Vaccination in the Punjab 1905-1918 - 1905-1918
Year: 1905
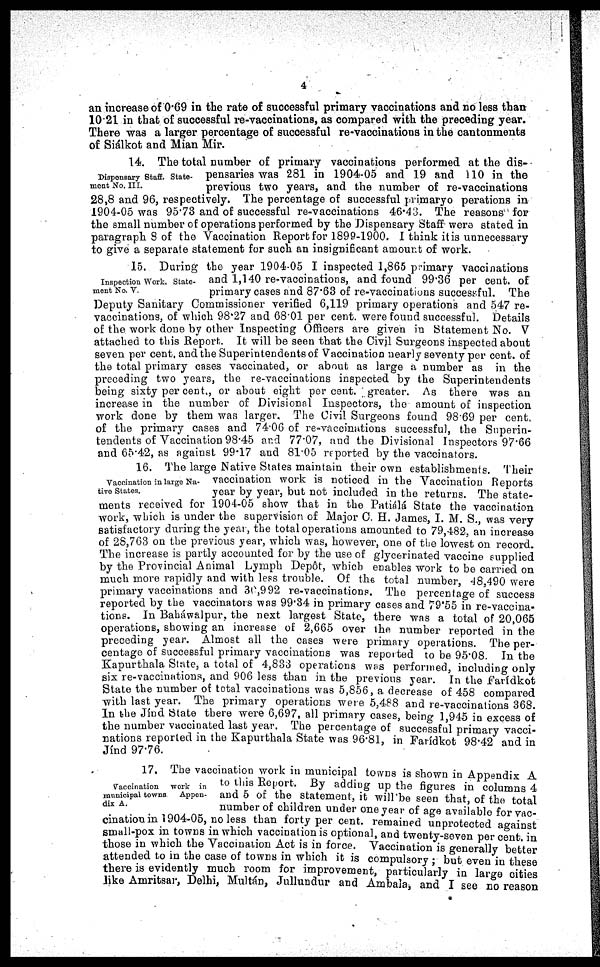
4
an increase of 0.69 in the rate of successful primary vaccinations and no less than
10.21 in that of successful re-vaccinations, as compared with the preceding year.
There was a larger percentage of successful re-vaccinations in the cantonments
of Siálkot and Mian Mir.
Dispensary Staff. State-
ment No. III.
14. The total number of primary vaccinations performed at the dis-
pensaries was 281 in 1904-05 and 19 and 110 in the
previous two years, and the number of re-vaccinations
28,8 and 96, respectively. The percentage of successful primaryo perations in
1904-05 was 95.73 and of successful re-vaccinations 46.43. The reasons for
the small number of operations performed by the Dispensary Staff were stated in
paragraph 8 of the Vaccination Report for 1899-1900. I think it is unnecessary
to give a separate statement for such an insignificant amount of work.
Inspection Work, State-
ment No. V.
15. During the year 1904-05 I inspected 1,865 primary vaccinations
and 1,140 re-vaccinations, and found 99.36 per cent. of
primary cases and 87.63 of re-vaccinations successful. The
Deputy Sanitary Commissioner verified 6,119 primary operations and 547 re-
vaccinations, of which 98.27 and 68.01 per cent. were found successful. Details
of the work done by other Inspecting Officers are given in Statement No. V
attached to this Report. It will be seen that the Civil Surgeons inspected about
seven per cent. and the Superintendents of Vaccination nearly seventy per cent. of
the total primary cases vaccinated, or about as large a number as in the
preceding two years, the re-vaccinations inspected by the Superintendents
being sixty per cent., or about eight per cent. greater. As there was an
increase in the number of Divisional Inspectors, the amount of inspection
work done by them was larger. The Civil Surgeons found 98.69 per cent
of the primary cases and 74.06 of re-vaccinations successful, the Superin-
tendents of Vaccination 98.45 and 77.07, and the Divisional Inspectors 97.66
and 65.42, as against 99.17 and 81.05 reported by the vaccinators.
Vaccination in large Na-
tive States.
16. The large Native States maintain their own establishments. Their
vaccination work is noticed in the Vaccination Reports
year by year, but not included in the returns. The state-
ments received for 1904-05 show that in the .Patiálá State the vaccination
work, which is under the supervision of Major C. H. James, I. M. S., was very
satisfactory during the year, the total operations amounted to 79,482, an increase
of 28,763 on the previous year, which was, however, one of the lowest on record.
The increase is partly accounted for by the use of glycerinated vaccine supplied
by the Provincial Animal Lymph Depôt, which enables work to be carried on
much more rapidly and with less trouble. Of the total number, 48,490 were
primary vaccinations and 30,992 re-vaccinations. The percentage of success
reported by the vaccinators was 99.34 in primary cases and 79.55 in re-vaccina-
tions. In Baháwalpur, the next largest State, there was a total of 20,065
operations, showing an increase of 2,665 over the number reported in the
preceding year. Almost all the cases were primary operations. The per-
centage of successful primary vaccinations was reported to be 95.08. In the
Kapurthala State, a total of 4,833 operations was performed, including only
six re-vaccinations, and 906 less than in the previous year. In the Farídkot
State the number of total vaccinations was 5,856, a decrease of 458 compared
with last year. The primary operations were 5,488 and re-vaccinations 368.
In the Jínd State there were 6,697, all primary cases, being 1,945 in excess of
the number vaccinated last year. The percentage of successful primary vacci-
nations reported in the Kapurthala State was 96.81, in Farídkot 98.42 and in
Jínd 97.76.
Vaccination
work in
municipal towns
Appen-
dix A.
17. The vaccination work in municipal towns is shown in Appendix A
to this Report, By adding up the figures in columns 4
and 5 of the statement, it will'be seen that, of the total
number of children under one year of age available for vac-
cination in 1904-05, no less than forty per cent. remained unprotected against
small-pox in towns in which vaccination is optional, and twenty-seven per cent. in
those in which the Vaccination Act is in force. Vaccination is generally better
attended to in the case of towns in which it is compulsory ; but even in these
there is evidently much room for improvement, particularly in large cities
like Amritsar, Delhi, Multán, Jullundur and Ambala, and I see no reason